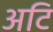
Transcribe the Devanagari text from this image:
अटि